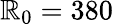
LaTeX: \mathbb{R}_{0}=380